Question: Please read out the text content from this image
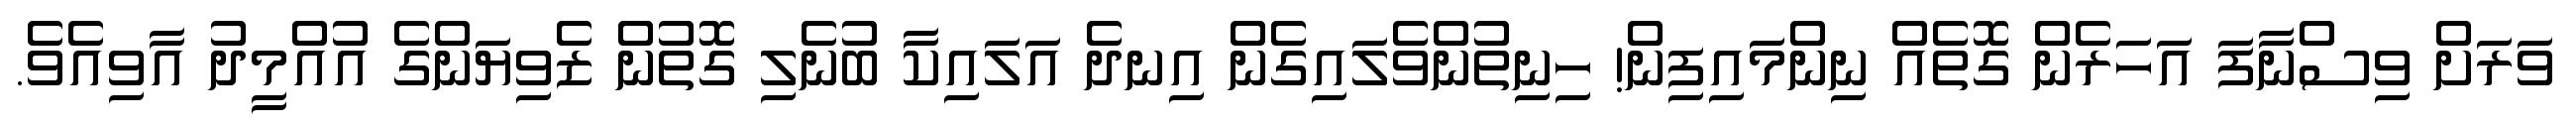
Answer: ވަރަށް ވިސްނާފަ އަހަރެން ގޮތެއް ނިންމައިފިން! ހިނިތުންވެލައިގެން އިނދެ އަލައިކާ ބުނެލި ގޮތުން ޒެވިޔަންގެ އުއްމީދު އާވިއެވެ.